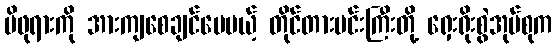
မိဖုရားကို အားကျစေချင်ပေမယ့် တိုင်တားမင်းကြီးတို့ ရှေးရိုးစွဲအုပ်စုက